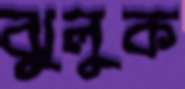
ঝুলুক